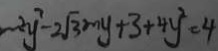
m ^ { 2 } y ^ { 2 } - 2 \sqrt { 3 } m y + 3 + 4 y ^ { 2 } = 4